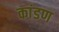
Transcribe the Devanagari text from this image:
कांडण